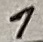
Text: 1